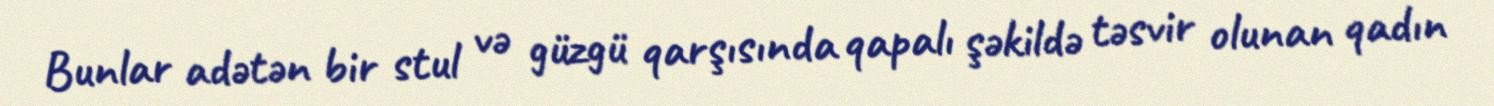
Bunlar adətən bir stul və güzgü qarşısında qapalı şəkildə təsvir olunan qadın